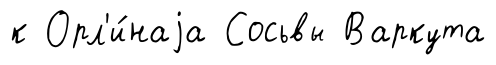
к Орл'и́наjа Сосьвы Варкута